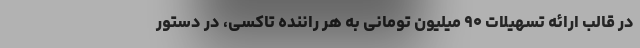
در قالب ارائه تسهیلات ۹۰ میلیون تومانی به هر راننده تاکسی، در دستور